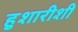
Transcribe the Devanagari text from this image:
हुशारीशी